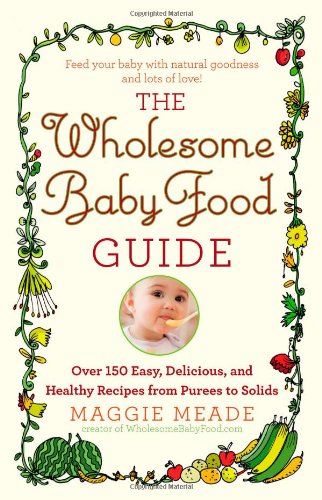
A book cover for The Wholesome Baby Food Guide: Over 150 Easy, Delicious, and Healthy Recipes from Purees to Solids; Maggie Meade; Cookbooks, Food & Wine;